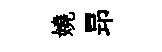
嬈昻